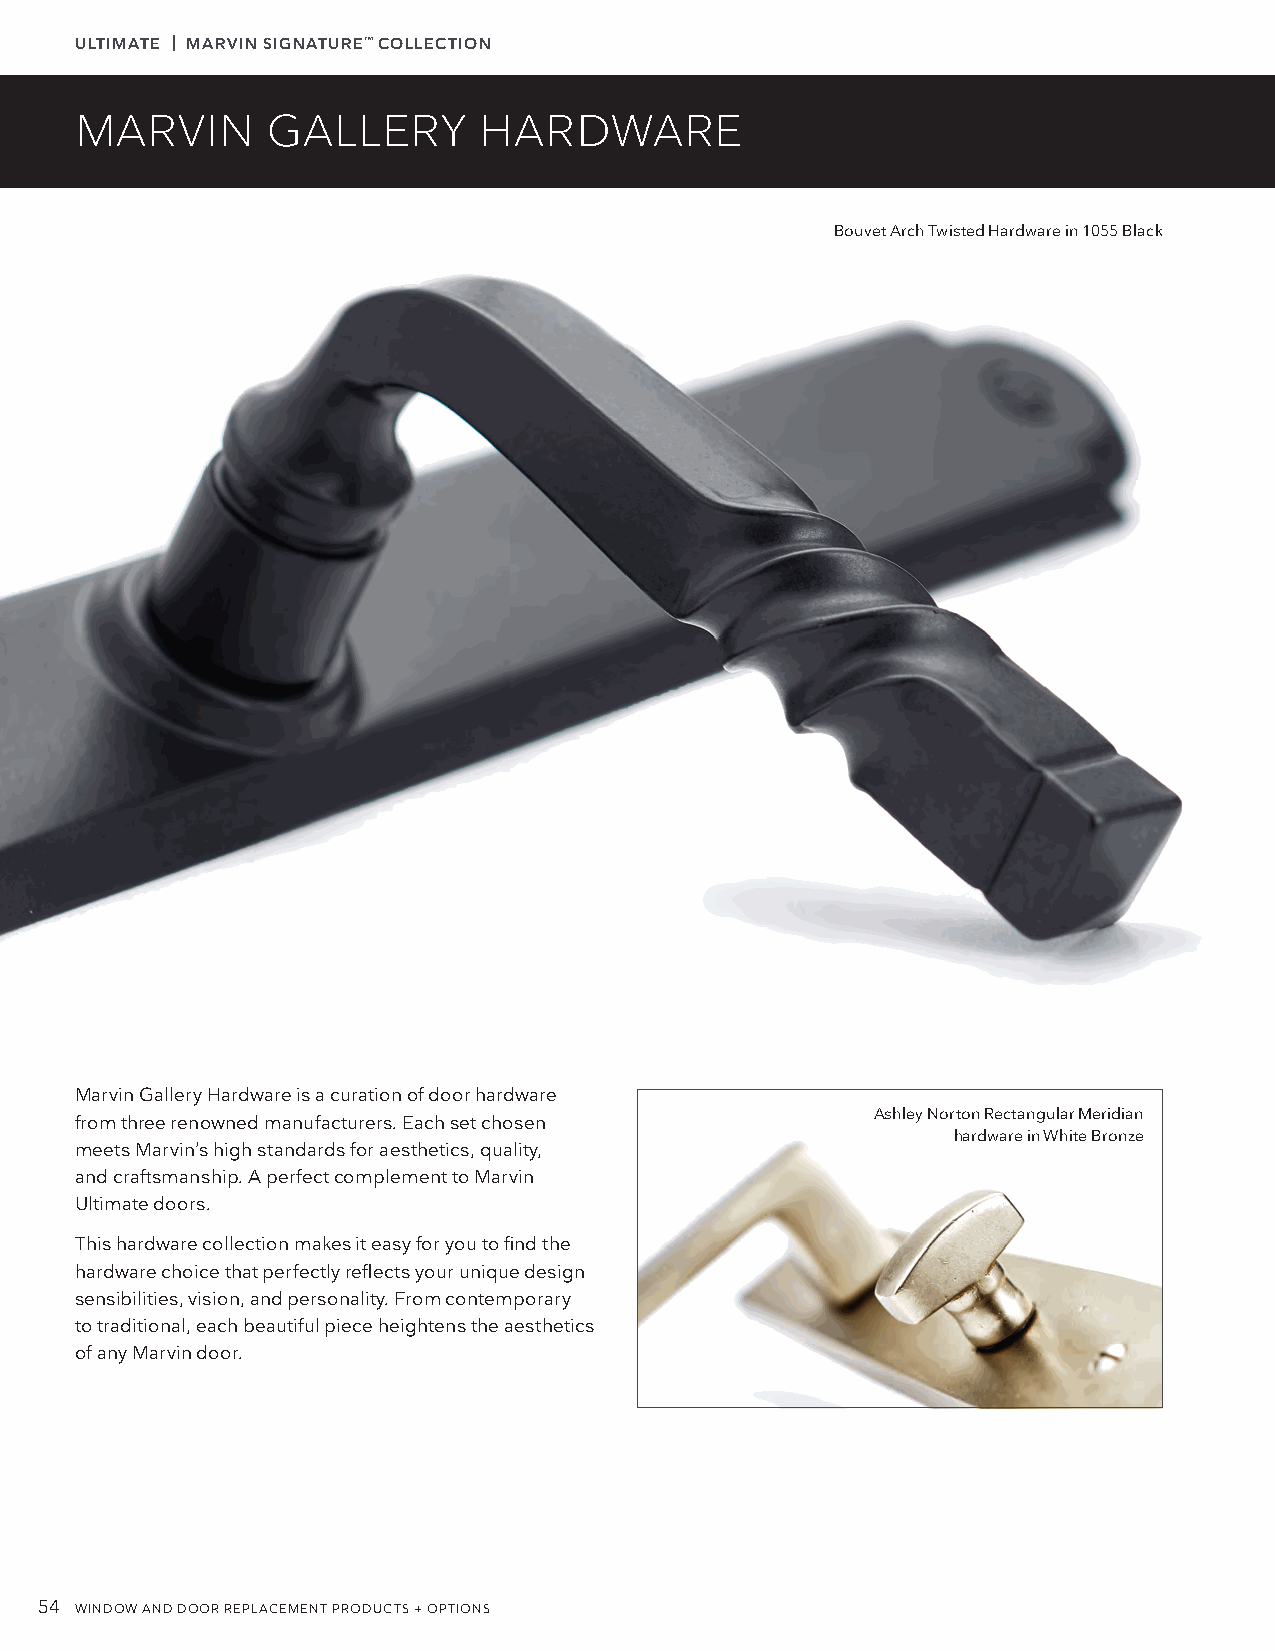
ULTIMATE | MARVIN SIGNATURE™ COLLECTION
 MARVIN       GALLERY       HARDWARE
 Bouvet Arch Twisted Hardware in 1055 Black
 Marvin Gallery Hardware is a curation of door hardware
 Ashley Norton Rectangular Meridian
 from three renowned manufacturers. Each set chosen
 hardware in White Bronze
 meets Marvin’s high standards for aesthetics, quality,
 and craftsmanship. A perfect complement to Marvin
 Ultimate doors.
 This hardware collection makes it easy for you to find the
 hardware choice that perfectly reflects your unique design
 sensibilities, vision, and personality. From contemporary
 to traditional, each beautiful piece heightens the aesthetics
 of any Marvin door.
 54 WINDOW AND DOOR REPLACEMENT PRODUCTS + OPTIONS